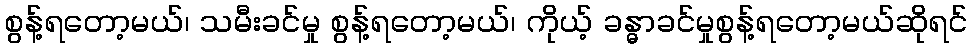
စွန့်ရတော့မယ်၊ သမီးခင်မှု စွန့်ရတော့မယ်၊ ကိုယ့် ခန္ဓာခင်မှုစွန့်ရတော့မယ်ဆိုရင်